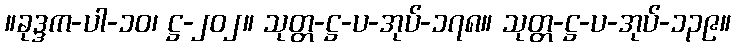
။ခုဒ္ဒက-ပါ-၁၀၊ ဋ္ဌ-၂၀၂။ သုတ္တ-ဋ္ဌ-ပ-အုပ်-၁၇၈။ သုတ္တ-ဋ္ဌ-ပ-အုပ်-၁၃၉။